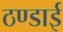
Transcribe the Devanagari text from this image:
ठण्डाई